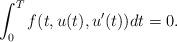
LaTeX: \begin{align*}\int_0^T f(t,u(t),u'(t))dt=0.\end{align*}